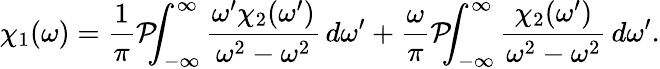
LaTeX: \chi_{1}(\omega)={\frac{1}{\pi}}{\mathcal{P}}\! \! \! \int_{-\infty}^{\infty}{\frac{\omega^{\prime}\chi_{2}(\omega^{\prime})}{\omega^{2}-\omega^{2}}}\, d\omega^{\prime}+{\frac{\omega}{\pi}}{\mathcal{P}}\! \! \! \int_{-\infty}^{\infty}{\frac{\chi_{2}(\omega^{\prime})}{\omega^{2}-\omega^{2}}}\, d\omega^{\prime}.